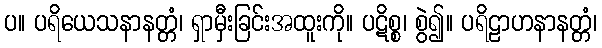
ပ။ ပရိယေသနာနတ္တံ၊ ရှာမှီးခြင်းအထူးကို။ ပဋိစ္စ၊ စွဲ၍။ ပရိဠာဟနာနတ္တံ၊